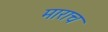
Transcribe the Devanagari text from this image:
माराच